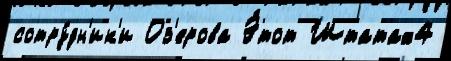
сотру́дн'ик'и Оз'ерова Э́тот Штатах4